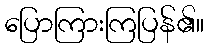
ပြောကြားကြပြန်၏။